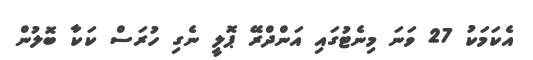
އެކަމަކު 27 ވަނަ މިނެޓުގައި އަންދްރޭ ޕޮލީ ނެގި ހުރަސް ކަކާ ބޮލުން